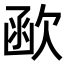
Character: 𣣖